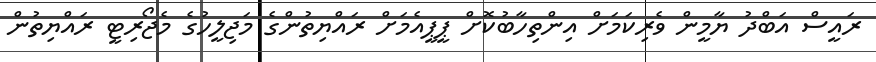
ރައީސް އަބްދު ޔާމީން ވެރިކަމަށް އިންތިހާބުކޮށް ޕީޕީއެމަށް ރައްޔިތުންގެ މަޖިލީހުގެ މެޖޯރިޓީ ރައްޔިތުން